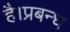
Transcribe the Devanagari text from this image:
है।प्रबन्ध